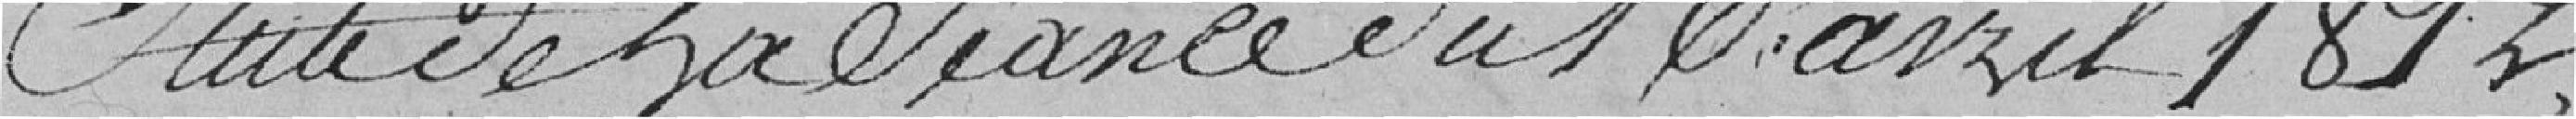
Suite de la Séance du 16 avril 1812 .